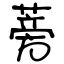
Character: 蒡